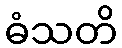
ဓံသတိ